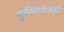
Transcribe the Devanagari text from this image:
मुक्तिवेडही